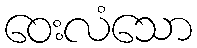
ဝေးလံသော